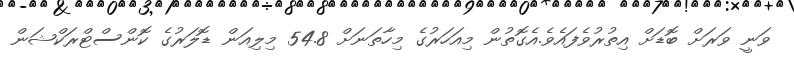
ވަނީ ވަރަށް ބޮޑަށް އިތުރުވެފައެވެ.އެގޮތުން މިއަހަރުގެ މިހާތަނަށް 54.8 މިލިއަން ޑޮލަރުގެ ކޮންސްޓްރަކްޝަން